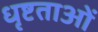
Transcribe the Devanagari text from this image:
धृष्टताओं